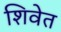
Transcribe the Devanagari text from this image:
शिवेत